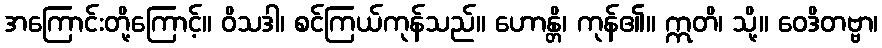
အကြောင်းတို့ကြောင့်။ ဝိသဒါ၊ စင်ကြယ်ကုန်သည်။ ဟောန္တိ၊ ကုန်၏။ ဣတိ၊ သို့။ ဝေဒိတဗ္ဗာ၊